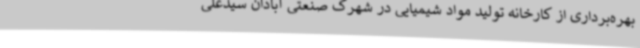
بهره‌برداری از کارخانه تولید مواد شیمیایی در شهرک صنعتی آبادان سیدعلی